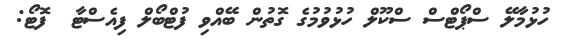
ހުޅުމާލޭ ސްޕޯޓްސް ސްކޫލް ހުޅުވުމުގެ ގޮތުން ބޭއްވި ފުޓްބޯލް ފިއެސްޓާ  ފޮޓޯ: